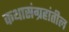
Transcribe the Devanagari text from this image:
कथासंग्रहांतील